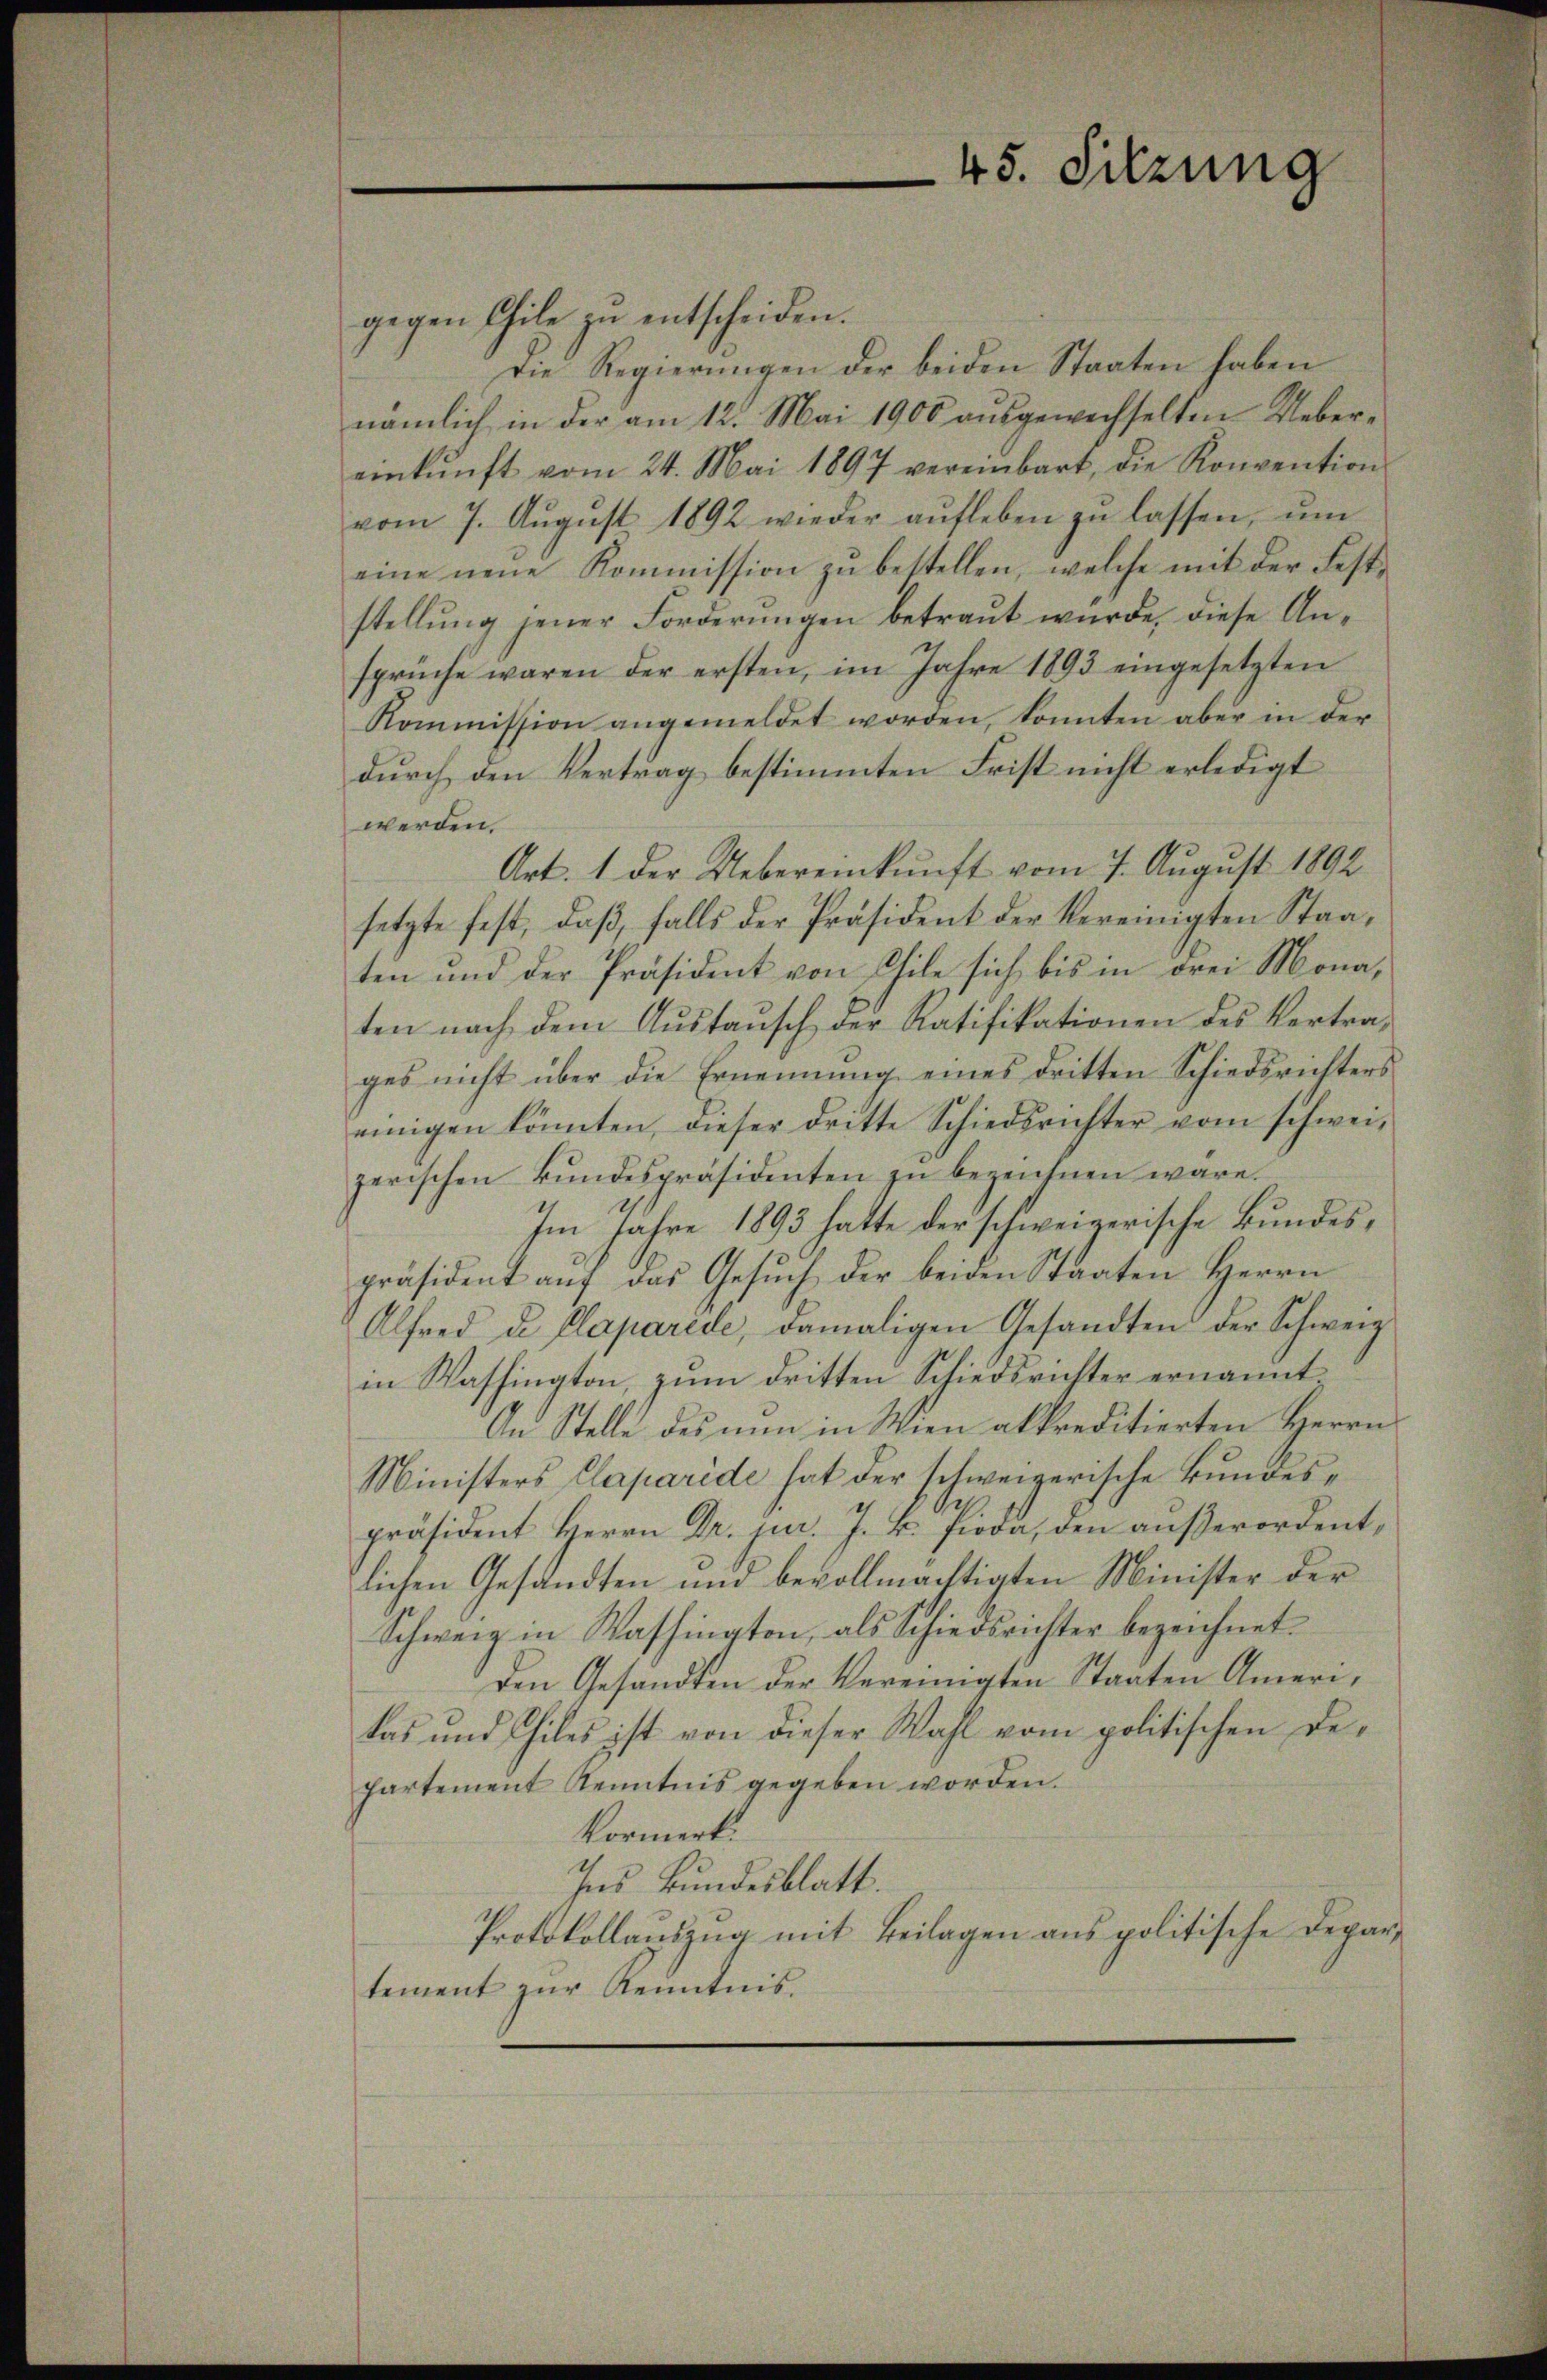
gegen Eile zŭ entscheiden.
Die Regierungen der beiden Staaten haben
nämlich in der am 12. Mai 1900 aŭsgewechselten Ueber-
einkunft vom 24. Mai 1897 vereinbart, die Konvention
vom 7. Aŭgŭst 1892 wieder aŭfleben zŭ lassen, ŭm
eine neue Kommission zŭ bestellen, welche mit der Feststellung jener Forderungen betraut wurde, diese Ansprüche waren der ersten, im Jahre 1893 eingesetzten
Kommission angemeldet worden, konnten aber in der
durch den Vertrag bestimmten Frist nicht erledigt
werden.
Art. 1 der Uebereinkunft vom 7. August 1892
setzte fest, daß, falls der Präsident der Vereinigten Staaten und der Präsident von Chile sich bis in drei Mona,
ten nach dem Austausch der Ratifikationen des Vertrages nicht über die Ernennung eines dritten Schiedsrichters
einigen könnten, dieser dritte Schiedsrichter vom schwei-
zerischen Bŭndespräsidenten zŭ bezeichnen wäre.
Im Jahre 1893 hatte der schweizerische Bundespräsident aŭf das Gesŭch der beiden Staaten Herrn
Alfred de Plaparede, damaligen Gesandten der Schweiz
in Washington, zum dritten Schiedsrichter ernannt
An Stelle des nun in Wien alkreditierten Herrn
Ministers Caparide hat der schweizerische Bundespräsident Herrn Dr. jur. J. B. Pioda, den aŭβerordent,
lichen Gesandten und bevollmächtigten Minister der
Schweiz in Washington, als Schiedsrichter bezeichnet.
Den Gesandten der Vereinigten Staaten Amerikas und hiles ist von dieser Wahl vom politischen Departement Kenntnis gegeben worden.
kormert.
Ins Bundesblatt.
Protokollauszug mit Beilagen aus politische Departement zŭr Kenntnis.

45. Sitzung